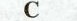
C